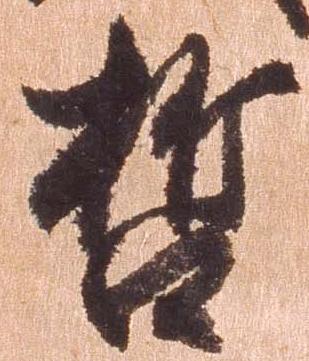
哲